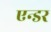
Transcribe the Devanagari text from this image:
एन्डर